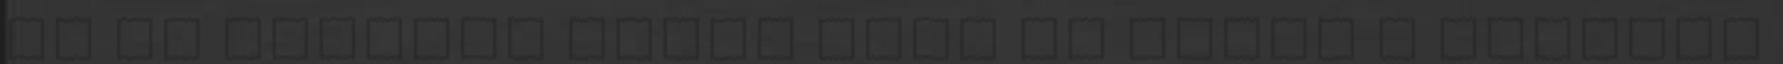
ez az átlagos arány húsz év múlva a felnőtt